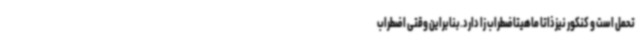
تحمل است و کنکور نیزذاتا ماهیتاضطراب زا دارد.بنابراین وقتی اضطراب